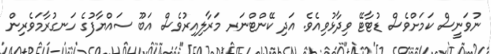
ނުވަނީސް ކަމަށްވެސް ޑުޓާޓޭ ވިދާޅުވިއެވެ. އަދި ކޭންޓްނަރ މަރާލިއިރުވެސް އަބޫ ސައްޔާފުގެ ހަނގުރާމަވެރިން